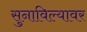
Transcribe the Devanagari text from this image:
सुनाविल्यावर